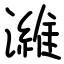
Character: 濰